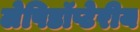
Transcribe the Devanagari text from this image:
लेपिडॉप्टेरीय